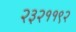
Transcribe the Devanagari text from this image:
२३२११९२